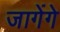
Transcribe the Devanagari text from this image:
जागेंगे